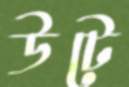
উটে